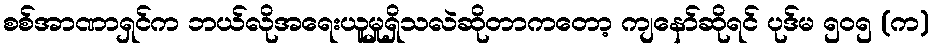
စစ်အာဏာရှင်က ဘယ်လိုအရေးယူမှုရှိသလဲဆိုတာကတော့ ကျနော်ဆိုရင် ပုဒ်မ ၅၀၅ (က)